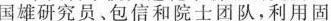
国雄研究员﹑包信和院士团队，利用固